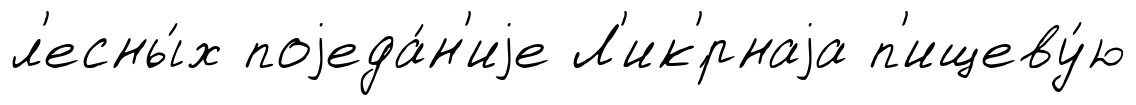
л'есны́х поjеда́н'иjе Л'ик'́рнаjа п'ищеву́ю